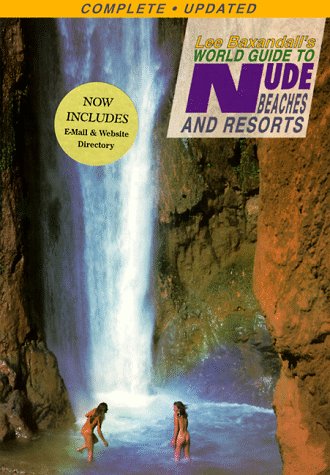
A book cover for Lee Baxandall's World Guide to Nude Beaches & Resorts, Updated Edition; Lee Baxandall; Travel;